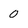
Character: 0